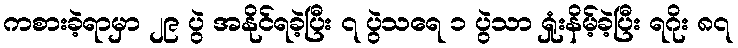
ကစားခဲ့ရာမှာ ၂၉ ပွဲ အနိုင်ရခဲ့ပြီး ၇ ပွဲသရေ ၁ ပွဲသာ ရှုံးနိမ့်ခဲ့ပြီး ရဂိုး ၈၇